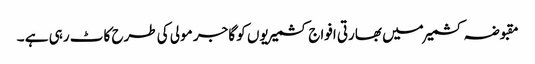
مقبوضہ کشمیر میں بھارتی افواج کشمیریوں کو گاجر مولی کی طرح کاٹ رہی ہے ۔